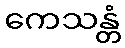
ကေသန္တံ